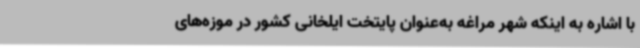
با اشاره به اینکه شهر مراغه به‌عنوان پایتخت ایلخانی کشور در موزه‌های